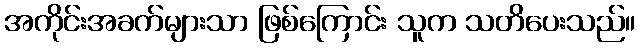
အကိုင်းအခက်များသာ ဖြစ်ကြောင်း သူက သတိပေးသည်။